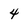
Character: 4